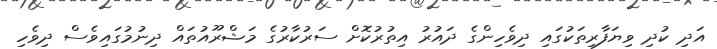
އަދި ކުދި ވިޔަފާރިތަކުގައި ދިވެހިންގެ ދައުރު އިތުރުކޮށް ސަރުކާރުގެ މަޝްރޫއުތައް ދިނުމުގައިވެސް ދިވެހި